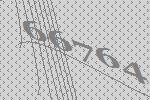
66764